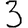
Digit: 3